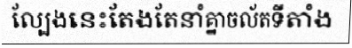
ល្បែងនេះតែងតែនាំគ្នាចល័តទីតាំង